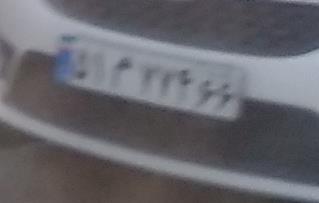
۵۱م۷۷۴۶۶